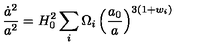
\frac { \dot { a } ^ { 2 } } { a ^ { 2 } } = H _ { 0 } ^ { 2 } \sum _ { i } \Omega _ { i } \left( \frac { a _ { 0 } } { a } \right) ^ { 3 ( 1 + w _ { i } ) }